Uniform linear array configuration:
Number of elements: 24
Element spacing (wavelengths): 0.25
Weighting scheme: cosine
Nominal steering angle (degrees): -60
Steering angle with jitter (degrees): -59.452
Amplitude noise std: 0.05
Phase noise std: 0.05

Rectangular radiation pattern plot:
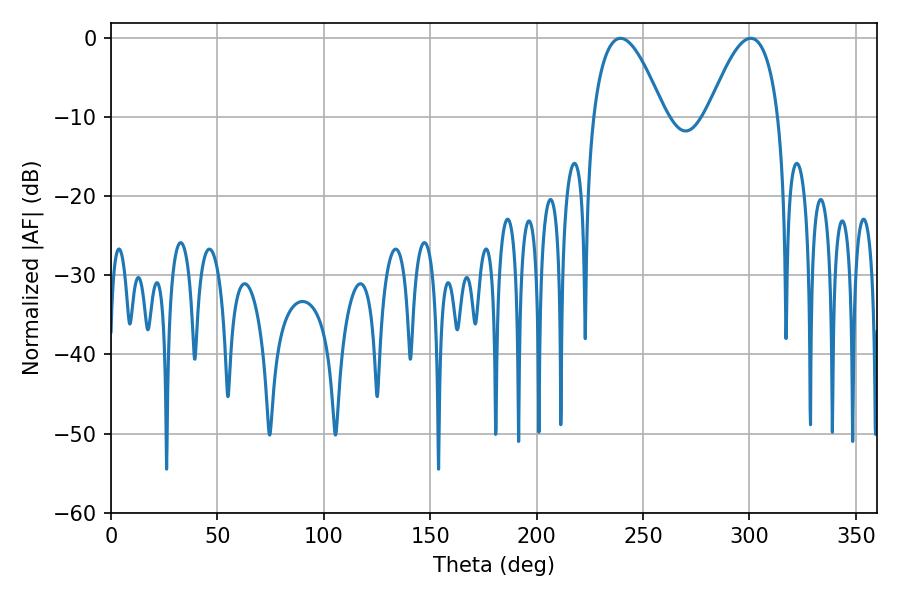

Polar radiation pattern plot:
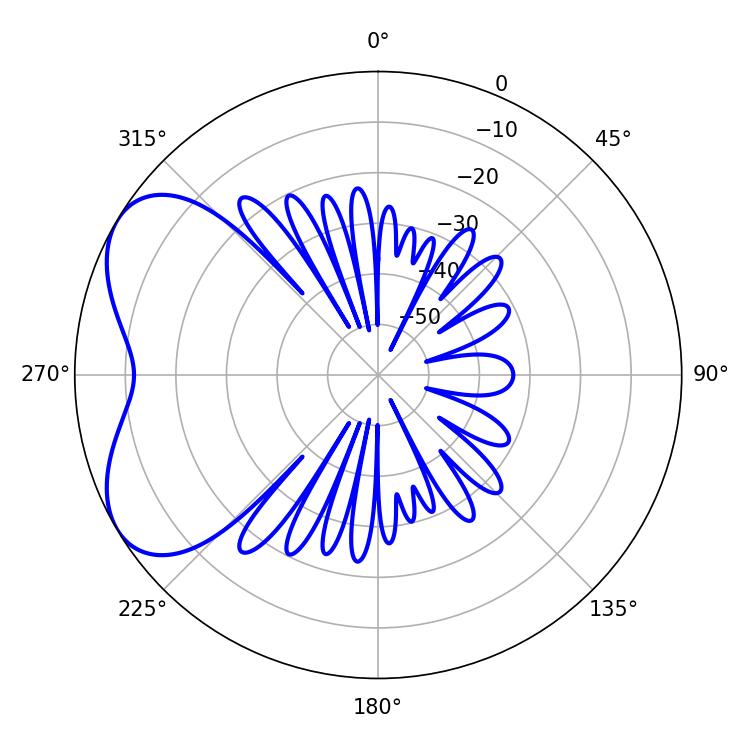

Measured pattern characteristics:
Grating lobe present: FALSE
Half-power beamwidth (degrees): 18.18
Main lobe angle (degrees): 239.4